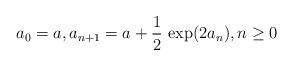
LaTeX: \begin{align*} a_0 = a, a_{n+1} = a + \frac12\, \exp(2 a_n), n \geq 0\end{align*}